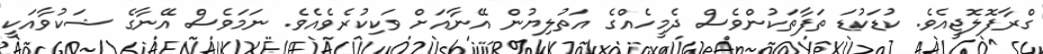
ގްރާފޮލޮޖީއެވެ. ކުޑަކުޑަ ތަފާތަކުންވެސް ދެމީހެއްގެ އަތުލިޔުން އޭނާއަށް ވަކިކުރެވެއެވެ. ނަމަވެސް އޭނާގެ ޝަކުވާއަކީ